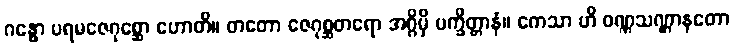
ဂန္ဓော ပရမဇေဂုစ္ဆော ဟောတိ။ တတော ဇေဂုစ္ဆတရော အဂ္ဂိမှိ ပက္ခိတ္တာနံ။ ကေသာ ဟိ ဝဏ္ဏသဏ္ဌာနတော